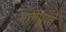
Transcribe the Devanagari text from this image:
भाषेपुरते